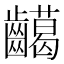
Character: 𪙰